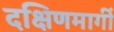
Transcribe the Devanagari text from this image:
दक्षिणमार्गी